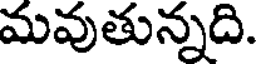
మవుతున్నది.